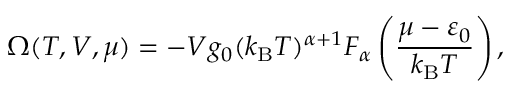
\Omega ( T , V , \mu ) = - V g _ { 0 } ( k _ { \mathrm { { B } } } T ) ^ { \alpha + 1 } F _ { \alpha } \left( { \frac { \mu - \varepsilon _ { 0 } } { k _ { \mathrm { { B } } } T } } \right) ,